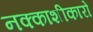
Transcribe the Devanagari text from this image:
नक्काशीकारों